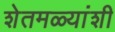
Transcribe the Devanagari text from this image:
शेतमळ्यांशी